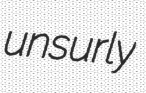
unsurly